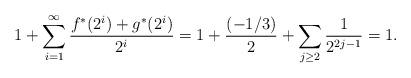
LaTeX: \begin{align*} 1+\sum_{i=1}^\infty\frac{f^*(2^i)+g^*(2^i)}{2^i}&=1+\frac{(-1/3)}{2}+\sum_{j\ge 2}\frac{1}{2^{2j-1}}=1.\end{align*}